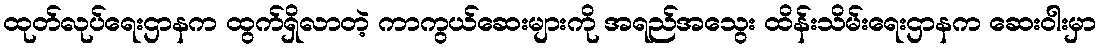
ထုတ်လုပ်ရေးဌာနက ထွက်ရှိလာတဲ့ ကာကွယ်ဆေးများကို အရည်အသွေး ထိန်းသိမ်းရေးဌာနက ဆေးဝါးမှာ